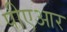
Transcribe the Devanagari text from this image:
पीएआर